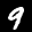
Label: 9